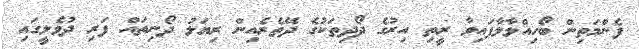
ފެންމަތިން ބޯހިއްލާލާފައިވާ ރީތި އިރުގެ ދޯދިތަކުގެ ދޭތެރެއިން ރިޔަލު ދޯނިތައް ފަރި ދުވެލީގައި